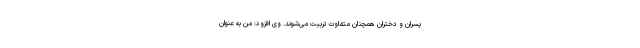
پسران و دختران همچنان متفاوت تربیت می‌شوند. وی افزود: من به عنوان